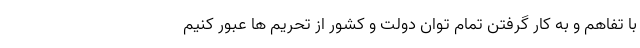
با تفاهم و به کار گرفتن تمام توان دولت و کشور از تحریم ها عبور کنیم